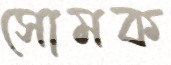
সোমক